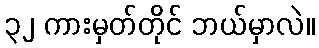
၃၂ ကားမှတ်တိုင် ဘယ်မှာလဲ။